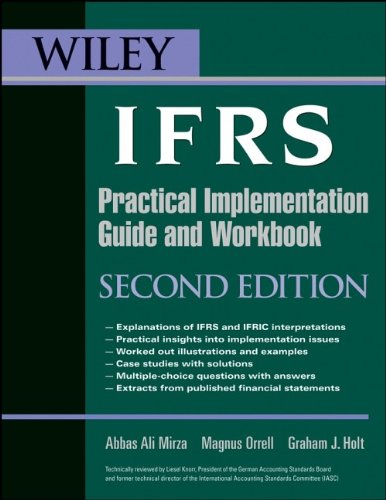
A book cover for Wiley IFRS: Practical Implementation Guide and Workbook; Abbas A. Mirza; Business & Money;